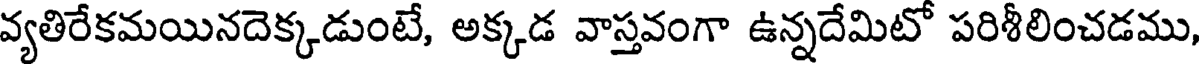
వ్యతిరేకమయినదెక్కడుంటే, అక్కడ వాస్తవంగా ఉన్నదేమిటో పరిశీలించడము,